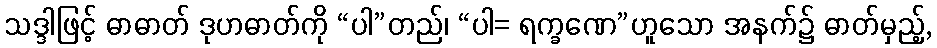
သဒ္ဒါဖြင့် ဓာဓာတ် ဒုဟဓာတ်ကို “ပါ”တည်၊ “ပါ= ရက္ခဏေ”ဟူသော အနက်၌ ဓာတ်မှည့်,